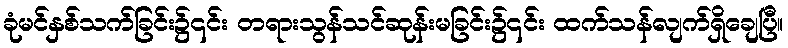
ခုံမင်နှစ်သက်ခြင်း၌၎င်း တရားသွန်သင်ဆုန်းမခြင်း၌၎င်း ထက်သန်လျက်ရှိချေပြီ။